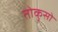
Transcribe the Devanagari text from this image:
तोकुसो